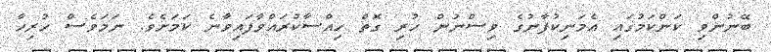
ބޭނުންވި ކަންކަމުގައި އެމަނިކުފާނުގެ ވިސްނުން ހުރި ގޮތް ހިއްސާކުރައްވާފައިވާނެ ކަމަށެވެ. ނަމަވެސް ހުރިހާ